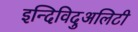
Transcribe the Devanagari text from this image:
इन्दिविदुअलिटी